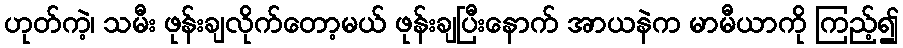
ဟုတ်ကဲ့၊ သမီး ဖုန်းချလိုက်တော့မယ် ဖုန်းချပြီးနောက် အာယနဲက မာမီယာကို ကြည့်၍